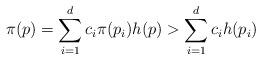
LaTeX: \begin{align*}\pi(p) = \sum_{i=1}^d c_i \pi(p_i) h(p) > \sum_{i=1}^d c_i h(p_i)\end{align*}